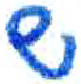
אות: ש